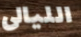
الليالى